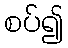
စပ်၍